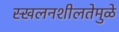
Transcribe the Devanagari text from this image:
स्खलनशीलतेमुळे